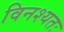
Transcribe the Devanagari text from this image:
विनश्यतः